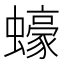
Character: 蠔